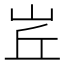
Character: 𡶦